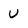
Character: U